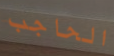
الحاجب